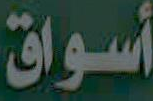
أسواق